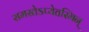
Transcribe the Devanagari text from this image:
समस्तेऽप्येतस्मिन्